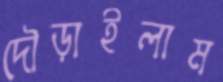
দৌড়াইলাম